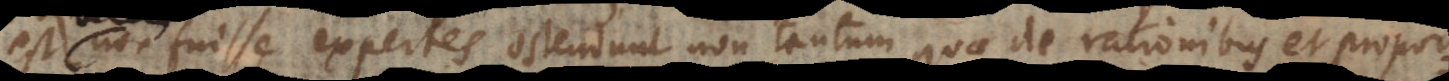
es non fuisse expertes ostendunt non tantum quae de rationibus et propor